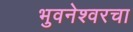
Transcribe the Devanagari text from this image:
भुवनेश्वरचा